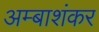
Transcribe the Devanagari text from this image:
अम्बाशंकर